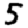
Digit: 5